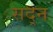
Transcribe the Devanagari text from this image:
सद्न